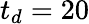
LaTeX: t_{d}=20